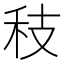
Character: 秓